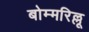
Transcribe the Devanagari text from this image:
बोम्मरिल्लू